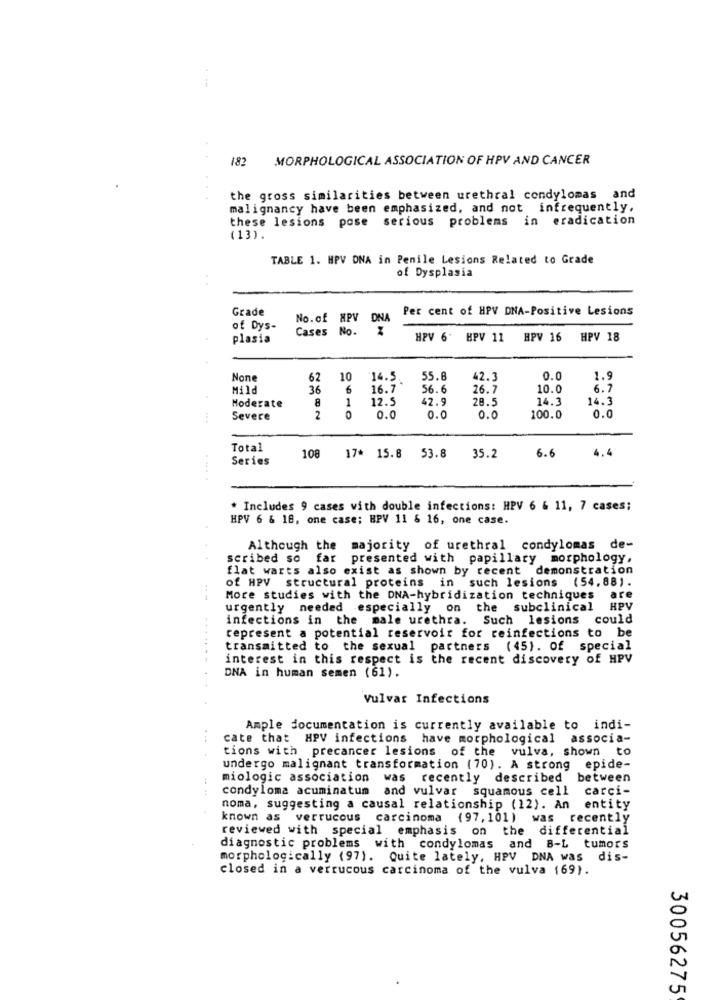
182 MORPHOLOGICAL ASSOCIATION OF HPV AND CANCER
the gross similarities between urethral condylomas and
malignancy have been emphasized, and not infrequently,
these lesions pose serious problems in eradication
(13).
TABLE 1. HPV DNA in Penile Lesions Related to Grade
of Dysplasia
Grade
Per cent of HPV DNA-Positive Lesions
No.of HPV DNA
of Dys-
Cases No. X
plasia
HPV 6-
HPV 11
HPV 16 HPV 18
62
10
14.5
55.8
42.3
0.0
1.9
Mild
36
6
16.7
56.6
26.7
10.0
6.7
8
12.5
42.9
28.5
14.3
14.3
Moderate
Severe
2
0.
0.0
0.0
100.0
0.0
Total
4.4
Series
108 17* 15.8 53.8
35.2
6.6
* Includes 9 cases with double infections: HPV 6 & 11, 7 cases;
HPV 6 & 18, one case; HPV 11 & 16, one case.
Although the majority of urethral condylomas de-
scribed so far presented with papillary morphology,
flat warts also exist as shown by recent demonstration
of HPV structural proteins in such lesions (54.88).
More studies with the DNA-hybridization techniques are
urgently needed especially on the subclinical HPV
infections in the male urethra. Such lesions could
represent a potential reservoir for reinfections to be
transmitted to the sexual partners (45). of special
interest in this respect is the recent discovery of HPV
DNA in human semen (61).
Vulvar Infections
Ample documentation is currently available to indi-
cate that HPV infections have morphological associa-
tions with precancer lesions of the vulva, shown to
undergo malignant transformation (70). A strong epide-
miologic association was recently described between
condyloma acuminatum and vulvar squamous cell carci-
noma, suggesting a causal relationship (12). An entity
known as verrucous carcinoma (97,101) was recently
reviewed with special emphasis on the differential
diagnostic problems with condylomas and B-L tumors
morphologically (97). Quite lately, HPV DNA was dis-
closed in a verrucous carcinoma of the vulva 169).
30056275